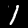
Digit: 1